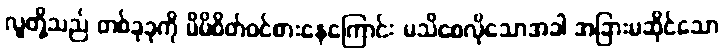
လူတို့သည် တစ်ခုခုကို မိမိစိတ်ဝင်စားနေကြောင်း မသိစေလိုသောအခါ အခြားမဆိုင်သော